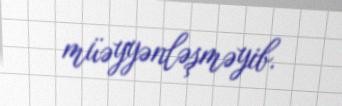
müəyyənləşməyib.